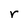
Character: r